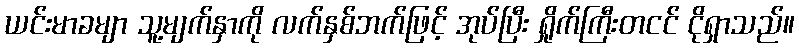
ယင်းမာခမျာ သူ့မျက်နှာကို လက်နှစ်ဘက်ဖြင့် အုပ်ပြီး ရှိုက်ကြီးတငင် ငိုရှာသည်။